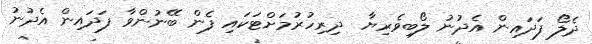
ދެލޯ ފަދައިން އެދުނު ލޯބިވެރިޔާ  ދިރިހުރުމަށްޓަކައި ފެން ބޭނުންވާ ފަދައިން އެދުނު